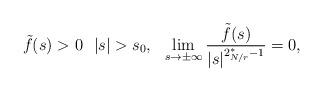
LaTeX: \begin{align*}\tilde{f}(s)>0 \ \ |s|>s_0,\ \ \lim_{s \to \pm\infty} \frac{\tilde{f}(s)}{|s|^{2_{N/r}^*-1}}=0,\end{align*}